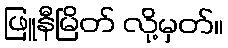
ဖြူနီမြိတ် လို့မှတ်။